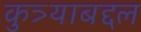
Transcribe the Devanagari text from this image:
कुत्र्याबद्दल